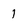
Character: 1